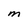
Character: M